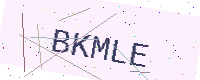
Text: BKMLE